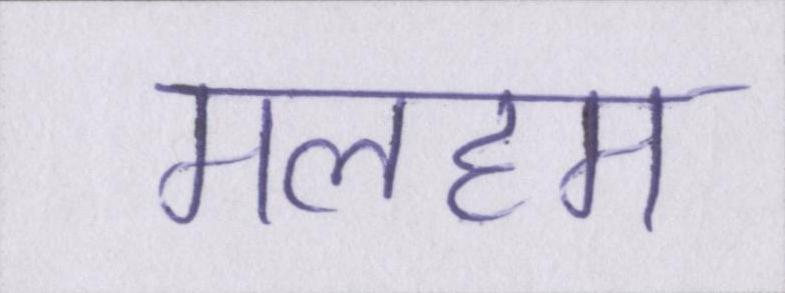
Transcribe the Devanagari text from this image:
मलहम